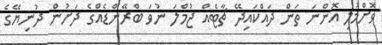
ވޮށްމުލި އޮންނަ ތަން ދައްކައިދޭ ޗާޓެއް ޖުމްލަ ނުވަ ބްްރޭންޑެއްގެ ދަށުން ދުނިޔޭގެ